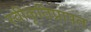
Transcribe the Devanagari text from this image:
स्वीकृतिप्रापत